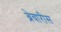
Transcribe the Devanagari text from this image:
ब्रेवारीस